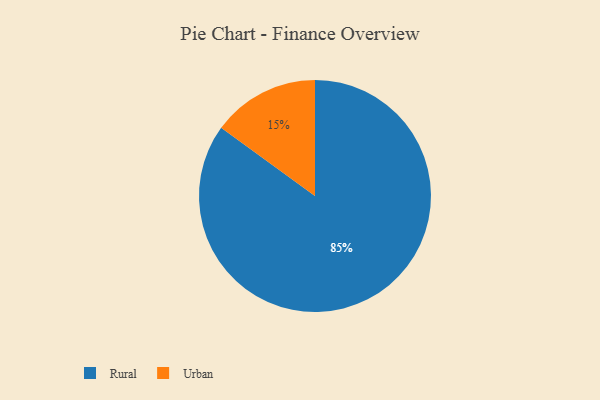
{"axis": {"x": "Category", "y": "Percentage"}, "legend": ["Rural", "Urban"], "data": [{"x": "Urban", "y": 15, "type": "Urban"}, {"x": "Rural", "y": 85, "type": "Rural"}]}